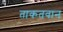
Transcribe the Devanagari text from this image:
ताकतवान